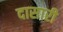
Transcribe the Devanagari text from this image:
दासारी